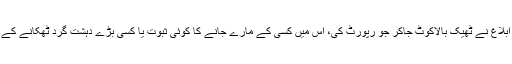
الجزیرہ اور دوسرے عالمی ذرائع ابلاغ نے ٹھیک بالاکوٹ جاکر جو رپورٹ کی، اس میں کسی کے مارے جانے کا کوئی ثبوت یا کسی بڑے دہشت گرد ٹھکانے کے تباہ ہونے کا کوئی نشان نہیں ملا۔